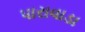
પારાવાડા